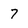
Character: 7